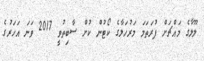
ލޫލާގެ މައްޗަށް ފުރަތަމަ މަރުހަލާގެ ކޯޓުން ކުށް ސާބިތުވީ 2017 ވަނަ އަހަރުގެ